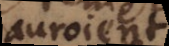
auroient